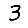
Digit: 3